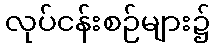
လုပ်ငန်းစဉ်များ၌